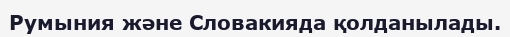
Румыния және Словакияда қолданылады.